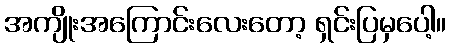
အကျိုးအကြောင်းလေးတော့ ရှင်းပြမှပေါ့။